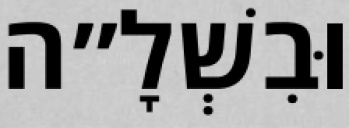
וּבִשְׁלָ״ה